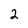
Character: 2